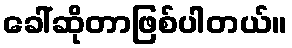
ခေါ်ဆိုတာဖြစ်ပါတယ်။